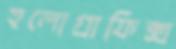
হলোগ্রাফিক্স